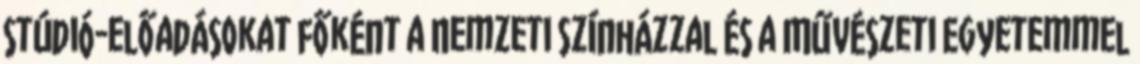
stúdió-előadásokat főként a Nemzeti Színházzal és a Művészeti Egyetemmel